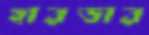
হারডার